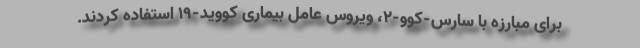
برای مبارزه با سارس-کوو-۲، ویروس عامل بیماری کووید-۱۹ استفاده کردند.